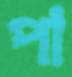
পা